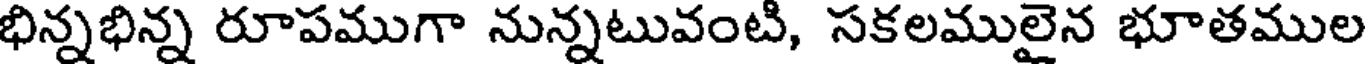
భిన్నభిన్న రూపముగా నున్నటువంటి, సకలములైన భూతముల